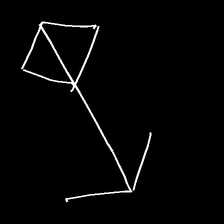
Glyph: focus